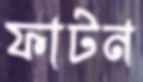
ফাটন